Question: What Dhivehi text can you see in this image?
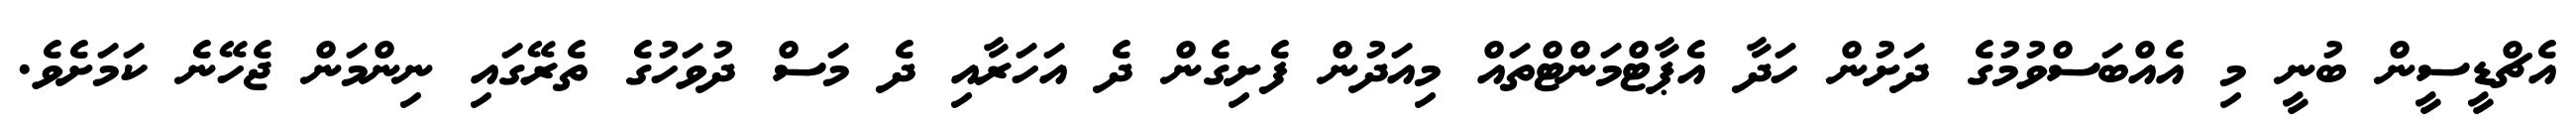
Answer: އެޗްޑީސީން ބުނީ މި އެއްބަސްވުމުގެ ދަށުން ހަދާ އެޕާޓްމަންޓްތައް މިއަދުން ފެށިގެން ދެ އަހަރާއި ދެ މަސް ދުވަހުގެ ތެރޭގައި ނިންމަން ޖެހޭނެ ކަމަށެވެ.